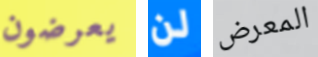
يعرضون لن المعرض